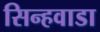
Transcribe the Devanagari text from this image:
सिन्हवाडा